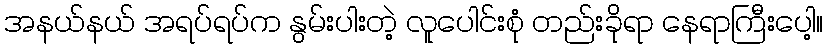
အနယ်နယ် အရပ်ရပ်က နွမ်းပါးတဲ့ လူပေါင်းစုံ တည်းခိုရာ နေရာကြီးပေါ့။